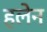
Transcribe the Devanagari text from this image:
हलेन